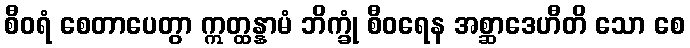
စီဝရံ စေတာပေတွာ ဣတ္ထန္နာမံ ဘိက္ခုံ စီဝရေန အစ္ဆာဒေဟီတိ သော စေ